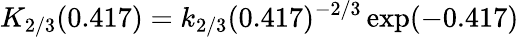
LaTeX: K_{2/3}(0.417)=k_{2/3}(0.417)^{-2/3}\exp(-0.417)